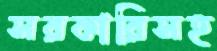
সরকারিসহ